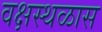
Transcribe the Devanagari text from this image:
वक्षस्थळास